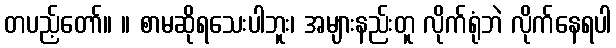
တပည့်တော်။ ။ စာမဆိုရသေးပါဘူး၊ အများနည်းတူ လိုက်ရုံဘဲ လိုက်နေရပါ